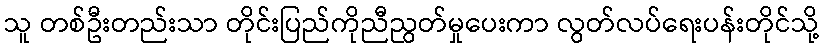
သူ တစ်ဦးတည်းသာ တိုင်းပြည်ကိုညီညွတ်မှုပေးကာ လွတ်လပ်ရေးပန်းတိုင်သို့